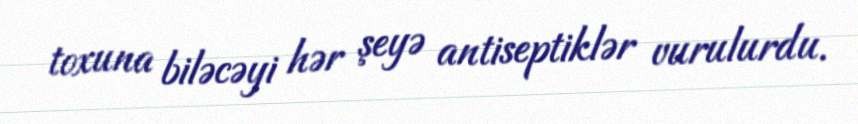
toxuna biləcəyi hər şeyə antiseptiklər vurulurdu.